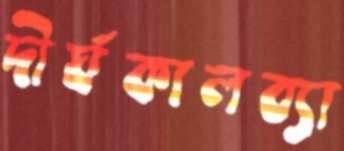
দীর্ঘকালব্যা